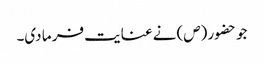
جو حضور (ص) نے عنایت فر ما دی۔